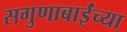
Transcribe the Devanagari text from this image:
सगुणाबाईंच्या